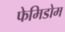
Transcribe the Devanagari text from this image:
फेमिडोम